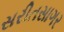
સરીતસાગર